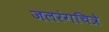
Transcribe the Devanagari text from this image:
जलरंगचित्रे